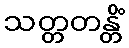
သတ္တတန္တိံ